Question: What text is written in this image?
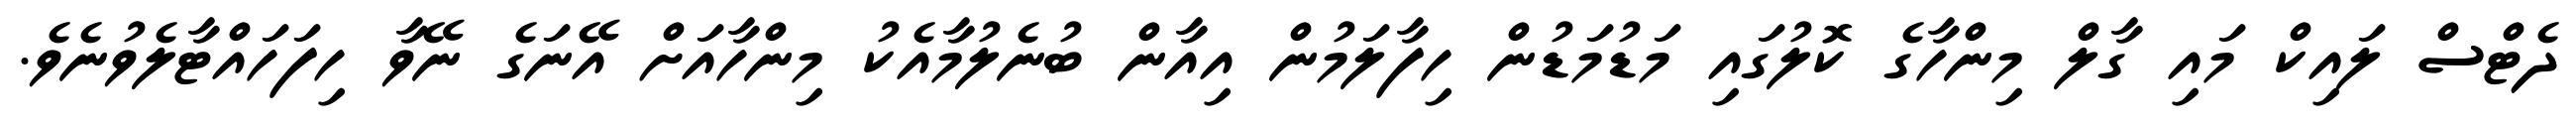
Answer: ދެޓްސް ލައިކް މައި ގާލް މިންހާގެ ކޮލުގައި މަޑުމަޑުން ހިފާލަމުން އިއާން ބުނެލުމާއެކު މިންހާއަށް އޭނަގެ ނޭވާ ހިފަހައްޓާލެވުނެވެ.